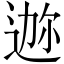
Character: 𫐪